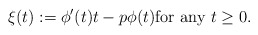
\begin{align*} \xi(t) := \phi^\prime(t)t - p \phi(t) \textrm{for any } t\geq 0.\end{align*}